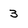
Character: 3